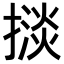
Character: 𢴗